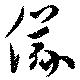
儀